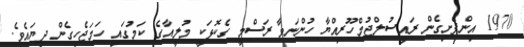
1970 އިންފެށިގެން ރައީސުލްޖުމްހޫރިއްޔާ ހުންނަވާ ރަސްމީ ގެކޮޅަކީ މުލީއާގެ ކަމުގައި ހަމަޖެހިގެން ދިޔައެވެ.